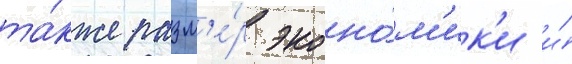
та́кже разм'е́р эконо́м'ик'и и́